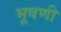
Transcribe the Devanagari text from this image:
भूषणी